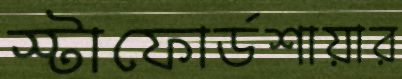
স্টাফোর্ডশায়ার